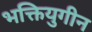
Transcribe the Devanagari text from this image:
भक्तियुगीन